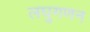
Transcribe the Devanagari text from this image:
लघुगणन